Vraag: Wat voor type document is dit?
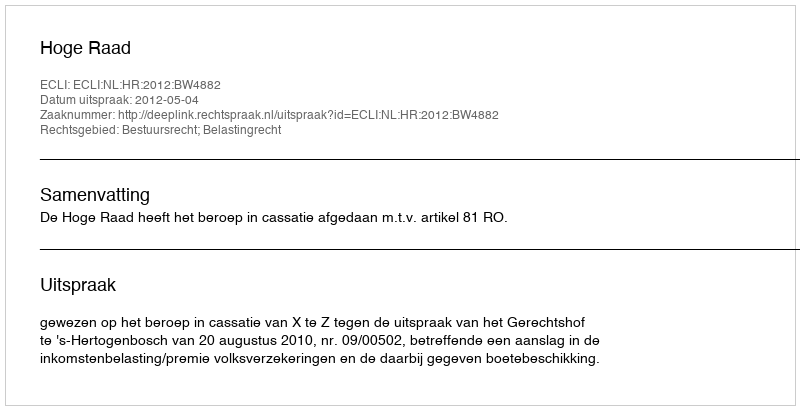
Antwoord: Uitspraak